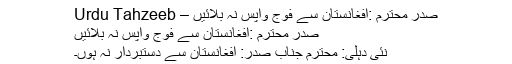
صدر محترم :افغانستان سے فوج واپس نہ بلائیں – Urdu Tahzeeb
صدر محترم :افغانستان سے فوج واپس نہ بلائیں
نئی دہلی: محترم جناب صدر: افغانستان سے دستبردار نہ ہوں۔